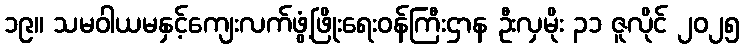
၁၉။ သမဝါယမနှင့်ကျေးလက်ဖွံ့ဖြိုးရေးဝန်ကြီးဌာန ဦးလှမိုး ၃၁ ဇူလိုင် ၂၀၂၅